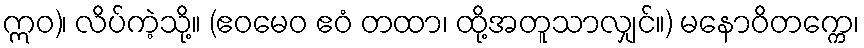
ဣဝ)၊ လိပ်ကဲ့သို့။ (ဧဝမေဝ ဧဝံ တထာ၊ ထို့အတူသာလျှင်။) မနောဝိတက္ကေ၊